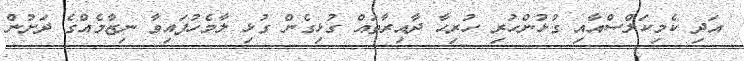
އަދި ކެމިކަލްސްއާއި ގުޅުންހުރި ހުރިހާ ދާއިރާތައް ގުޅިގެން ގުޅި ލާމެހުފައިވާ ނިޒާމެއްގެ ދަށުން